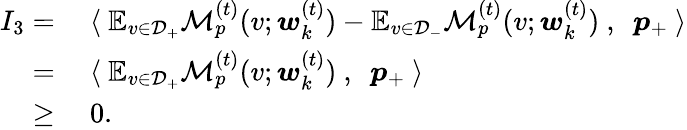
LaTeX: \begin{array}{rl}{I_{3}=}&{~\langle~\mathbb{E}_{v\in\mathcal{D}_{+}}\mathcal{M}_{p}^{(t)}(v;{\boldsymbol w}_{k}^{(t)})-\mathbb{E}_{v\in\mathcal{D}_{-}}\mathcal{M}_{p}^{(t)}(v;{\boldsymbol w}_{k}^{(t)})~,~~{\boldsymbol p}_{+}~\rangle}\\ {=}&{~\langle~\mathbb{E}_{v\in\mathcal{D}_{+}}\mathcal{M}_{p}^{(t)}(v;{\boldsymbol w}_{k}^{(t)})~,~~{\boldsymbol p}_{+}~\rangle}\\ {\ge}&{~0.}\end{array}